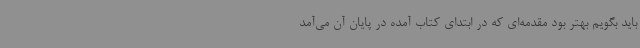
باید بگویم بهتر بود مقدمه‌ای که در ابتدای کتاب آمده در پایان آن می‌آمد